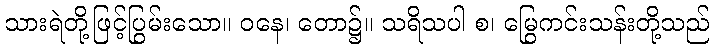
သားရဲတို့ဖြင့်ပြွမ်းသော။ ဝနေ၊ တော၌။ သရိသပါ စ၊ မြွေကင်းသန်းတို့သည်